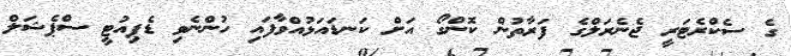
ގެ ސެކްރެޓަރީ ޖެނެރަލްގެ ފަރާތުން ކޮންގޯ އަށް ކަނޑައަޅުއްވާފައި ހުންނެވި ޑެޕިއުޓީ ސްޕެޝަލް